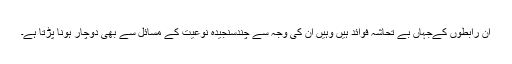
ان رابطوں کےجہاں بے تحاشہ فوائد ہیں وہیں ان کی وجہ سے چندسنجیدہ نوعیت کے مسائل سے بھی دوچار ہونا پڑتا ہے۔